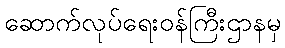
ဆောက်လုပ်ရေးဝန်ကြီးဌာနမှ